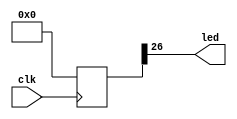
`timescale 1ns / 1ps
`default_nettype none

module blink(
	input  wire clk,
	output wire led
    );
	
	reg [26:0] cnt;
	assign led = cnt[26];
	
	always @(posedge clk) begin
		if (clk == 27'd99999999) begin
			cnt <= 0;
		end else begin
			cnt <= cnt + 1'b1;
		end
	end
endmodule